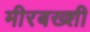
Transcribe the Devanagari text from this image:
मीरबख्शी